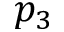
p _ { 3 }